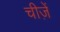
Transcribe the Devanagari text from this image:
चीजे़ं